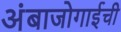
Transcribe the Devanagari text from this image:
अंबाजोगाईची